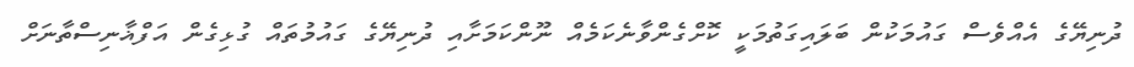
ދުނިޔޭގެ އެއްވެސް ގައުމަކުން ބަލައިގަތުމަކީ ކޮށްގެންވާނެކަމެއް ނޫންކަމަށާއި ދުނިޔޭގެ ގައުމުތައް ގުޅިގެން އަފްޣާނިސްތާނަށް